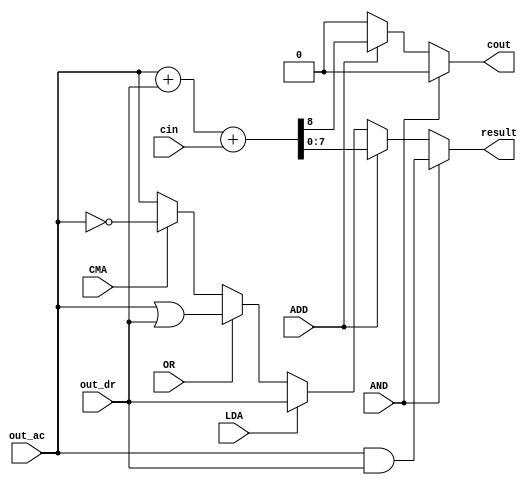
module Alu( 
    input wire AND, ADD, LDA, CMA, OR,
    input wire cin,
    input wire [7:0] out_ac, 
    input wire [7:0] out_dr, 
    output reg [7:0] result, 
    output reg cout 
); 
always @(*) begin 
    // AND operation
    if (AND) begin 
        result = out_ac & out_dr;
        cout = 0; 
    end
    // ADD operation
    else if (ADD) begin
        {cout, result} = out_ac + out_dr + cin;
    end
    // LOAD operation
    else if (LDA) begin
        result = out_dr;
        cout = 0; 
    end 
    // OR operation                                      
    else if (OR) begin
        result = out_ac | out_dr;
        cout = 0; 
    end
    // COMPLEMENT operation
    else if (CMA) begin
        result = ~out_ac;
        cout = 0;
    end
    else begin
        result = out_ac;
        cout = 0;
    end
end
endmodule